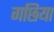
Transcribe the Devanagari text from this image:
गछिया